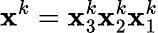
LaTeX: \boldsymbol{\mathbf{x}}^{k}=\mathbf{x}_{3}^{k}\mathbf{x}_{2}^{k}\mathbf{x}_{1}^{k}